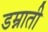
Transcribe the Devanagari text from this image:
डम्नाती